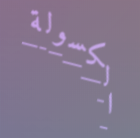
الكسولة